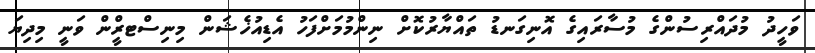
ވަހީދު މުދައްރިސުންގެ މުސާރައިގެ އޮނިގަނޑު ތައްޔާރުކޮށް ނިންމުމަށްފަހު އެޑިއުޚެޝަން މިނިސްޓރްީން ވަނީ މިދިޔަ